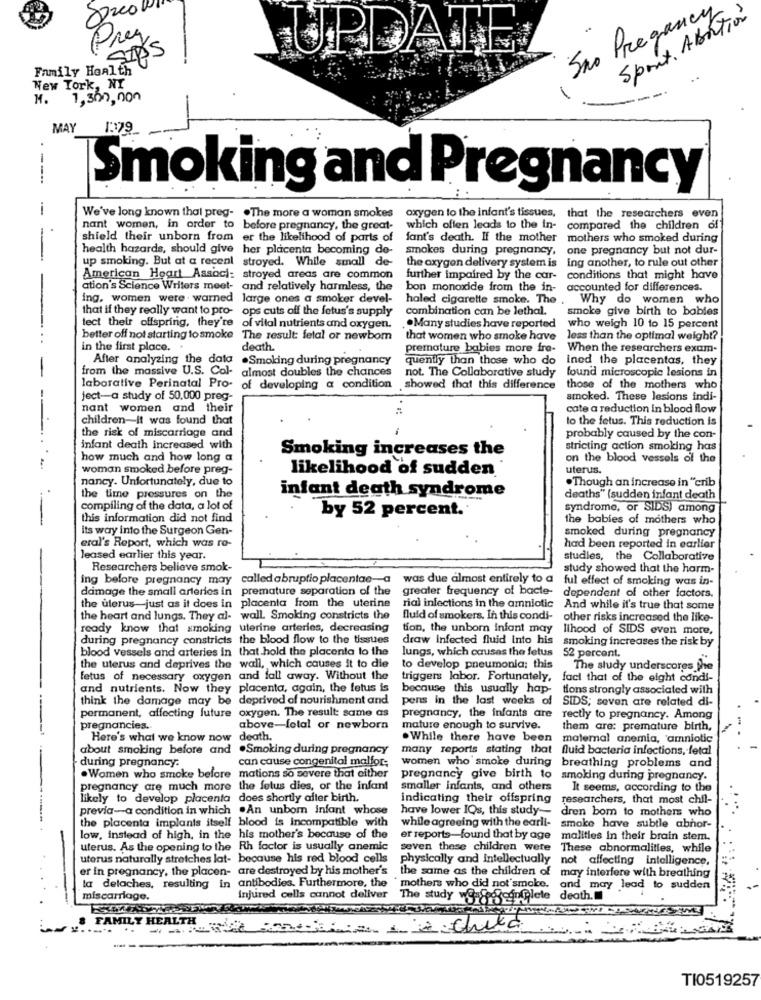
Sport. Abortion
Sno Pregan
Prey
SIDS
UPDATE
Family Health
New York, NY
M.
1,300,000
MAY
1379
---
Smoking and Pregnancy
We've long known that preg- . The more a woman smokes
oxygen to the infant's tissues, that the researchers even
nant women, in order to before pregnancy, the great-
which offen leads to the in-
compared the children of
shield their unborn from er the likelihood of parts of fant's death. If the mother
mothers who smoked during
health hazards, should give her placenta becoming de- smokes during pregnancy,
one pregnancy but not dur-
up smoking. But at a recent stroyed. While small de-
the oxygen delivery system is ing another, to rule out other
American Heart Associ: stroyed areas are common
further impaired by the car-
conditions that might have
ation's Science Writers meet- and relatively harmless, the
bon monoxide from the in-
accounted for differences.
ing, women were . warned large ones a smoker devel-
haled cigarette smoke. The
Why do women who
that if they really want to pro- ops cuts off the fetus's supply
combination can be lethal.
smoke give birth to babies
tect their offspring, they're of vital nutrients and oxygen.
.. Many studies have reported
who weigh 10 to 15 percent
better off not starting to smoke The result: fetal or newbom
that women who smoke have
less than the optimal weight?
in the first place. .
death.
premature babies more fra-
When the researchers exam-
After analyzing the data .Smoking during pregnancy
quently than those who do
ined the placentas, they
from the massive U.S. Col- almost doubles the chances
not. The Collaborative study
found microscopic lesions in
laborative Perinatal Pro- of developing a condition
. showed that this difference
those of the mothers who
ject-a study of 50.000 preg-
smoked. These lesions indi-
nant women and their
cate a reduction in blood flow
children-it was found that
to the fetus. This reduction is
the risk of miscarriage and
probably caused by the con-
infant death increased with
Smoking increases the
stricting action smoking has
how much and how long a
on the blood vessels of the
woman smoked before preg-
likelihood of sudden
uterus.
nancy. Unfortunately, due to
.Though an increase in "crib
infant death syndrome
the time pressures on the
deaths" (sudden infant death
compiling of the data, a lot of
by 52 percent.
syndrome, or SIDS) among
this information did not find
the babies of mothers who
its way into the Surgeon Gen-
smoked during pregnancy
eral's Report, which was ra-
had been reported in earlier
leased earlier this year.
studies, the Collaborative
Researchers believe smok-
study showed that the harm-
ing before pregnancy may
called abruptio placentae-a was due almost entirely to a
ful effect of smoking was in-
damage the small arteries in premature separation of the
greater frequency of bacte- dependent of other factors.
the uterus-just as it does in placenta from the uterine
-
rial infections in the amniotic
And while it's true that some
the heart and lungs. They al- wall. Smoking constricts the
fluid of smokers. In this condi-
other risks increased the like-
ready know that smoking uterine arteries, decreasing
tion, the unborn infant may
lihood of SIDS even more,
during pregnancy constricts the blood flow to the tissues
draw infected fluid into his
smoking increases the risk by
blood vessels and arteries in that hold the placenta to the
lungs, which causes the fetus
52 percent.
the uterus and deprives the wall, which causes it to die
to develop pneumonia; this
The study underscores the
fetus of necessary oxygen and fall away. Without the
triggers labor. Fortunately,
fact that of the eight condi-
and nutrients. Now they placenta, again, the fetus is
because this usually hap-
tions strongly associated with
think the damage may be deprived of nourishment and
pens in the last weeks of
SIDS; seven are related di-
permanent, affecting future oxygen. The result: same as
pregnancy, the infants are
rectly to pregnancy. Among
pregnancies.
above-fotal or newborn
mature enough to survive.
them are: premature birth,
Here's what we know now death.
. While there have been
malemal anemia, 'amniotic
about smoking before and .Smoking during pregnancy
many reports stating that fluid bacteria infections, fetal
during pregnancy.
can cause congenital malfor-
women who smoke during breathing problems and
.Women who smoke before mations so severe that either
pregnancy give birth to
smoking during pregnancy.
pregnancy are much more the fetus dies, or the infant
smaller infants, and others
It seems, according to the
likely to develop placenta does shortly after birth.
indicating their offspring
researchers, that most chil-
previa-a condition in which .An unbom infant whose
have lower IQs, this study-
dren bom to mothers who
the placenta implants itself blood is incompatible with
while agreeing with the earli-
smoke have subtle abnor-
low, instead of high, in the his mother's because of the
er reports-found that by age
malities In their brain stem.
uterus. As the opening to the Rh factor is usually anemic
seven these children were
These abnormalities, while
uterus naturally stretches lat- because his red blood cells
physically and intellectually
not affecting intelligence,
er in pregnancy, the placen- are destroyed by his mother's
the same as the children of may interfere with breathing
la delaches, resulting in antibodies. Furthermore, the ' mothers who did not smoke.
and may lead to sudden
miscarriage.
Injured cells cannot deliver
The study was goinglete death.
FAMILY HEALTH
TI0519257